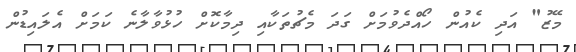
މޭޒު" އަދި ކެއުން ހޯއްދެވުމަށް ގަދަ މެޗުތަކާއި ދިމާކޮށް ހުޅުވާލާނެ ކަމަށް އެލައިޑުން